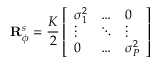
\mathbf { R } _ { \phi } ^ { s } = \frac { K } { 2 } \left[ \begin{array} { l l l } { \sigma _ { 1 } ^ { 2 } } & { \hdots } & { 0 } \\ { \vdots } & { \ddots } & { \vdots } \\ { 0 } & { \hdots } & { \sigma _ { P } ^ { 2 } } \end{array} \right]